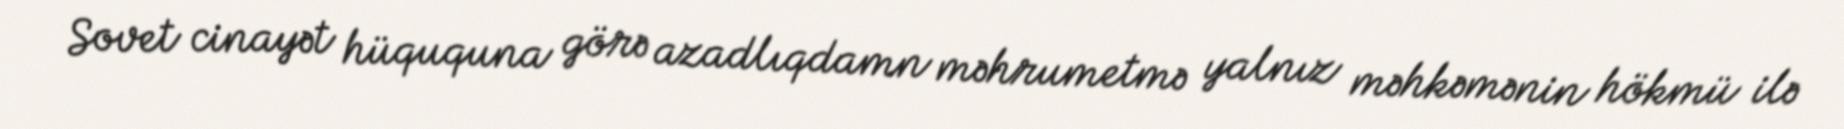
Sovet cinayət hüququna görə azadlıqdamn məhrumetmə yalnız məhkəmənin hökmü ilə